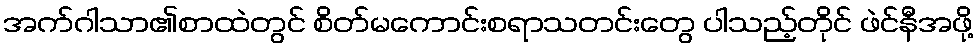
အက်ဂါသာ၏စာထဲတွင် စိတ်မကောင်းစရာသတင်းတွေ ပါသည့်တိုင် ဖဲင်နီအဖို့